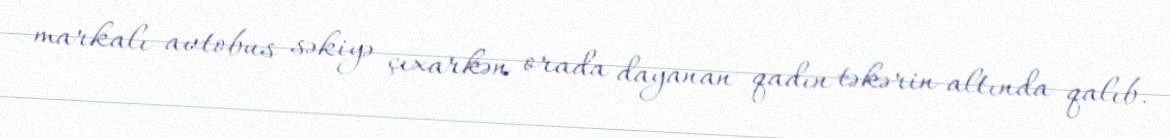
markalı avtobus səkiyə çıxarkən orada dayanan qadın təkərin altında qalıb.